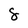
Character: 8